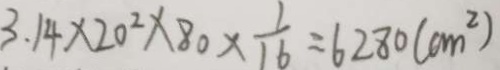
3 . 1 4 \times 2 0 ^ { 2 } \times 8 0 \times \frac { 1 } { 1 6 } = 6 2 8 0 ( c m ^ { 2 } )